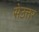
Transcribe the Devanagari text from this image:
सेउत्तर